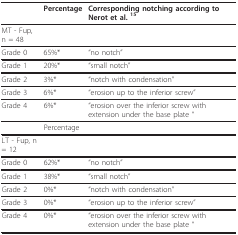
<table><thead><tr><td></td><td><b>Percentage</b></td><td><b>Corresponding notching according to Nerot et al. <sup>15</sup></b></td></tr></thead><tbody><tr><td>MT - Fup, n = 48</td><td></td><td></td></tr><tr><td>Grade 0</td><td>65%*</td><td>&quot;no notch&quot;</td></tr><tr><td>Grade 1</td><td>20%*</td><td>&quot;small notch&quot;</td></tr><tr><td>Grade 2</td><td>3%*</td><td>&quot;notch with condensation&quot;</td></tr><tr><td>Grade 3</td><td>6%*</td><td>&quot;erosion up to the inferior screw&quot;</td></tr><tr><td>Grade 4</td><td>6%*</td><td>&quot;erosion over the inferior screw with extension under the base plate &quot;</td></tr><tr><td></td><td>Percentage</td><td></td></tr><tr><td>LT - Fup, n = 12</td><td></td><td></td></tr><tr><td>Grade 0</td><td>62%*</td><td>&quot;no notch&quot;</td></tr><tr><td>Grade 1</td><td>38%*</td><td>&quot;small notch&quot;</td></tr><tr><td>Grade 2</td><td>0%*</td><td>&quot;notch with condensation&quot;</td></tr><tr><td>Grade 3</td><td>0%*</td><td>&quot;erosion up to the inferior screw&quot;</td></tr><tr><td>Grade 4</td><td>0%*</td><td>&quot;erosion over the inferior screw with extension under the base plate &quot;</td></tr></tbody></table>